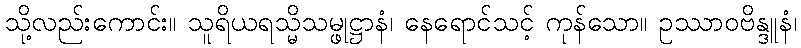
သို့လည်းကောင်း။ သူရိယရသ္မိသမ္ဖုဋ္ဌာနံ၊ နေရောင်သင့် ကုန်သော။ ဥဿာဝဗိန္ဒူနံ၊